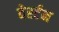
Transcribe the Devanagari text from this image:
वेर्स्टन